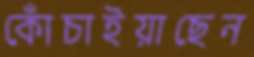
কোঁচাইয়াছেন